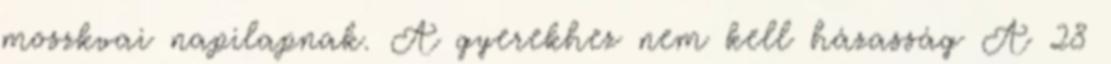
moszkvai napilapnak. A gyerekhez nem kell házasság A 28